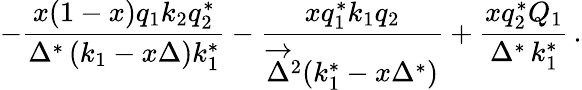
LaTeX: -\frac{x(1-x)q_{1}k_{2}q_{2}^{*}}{\Delta^{*}\, (k_{1}-x\Delta)k_{1}^{*}}-\frac{xq_{1}^{*}k_{1}q_{2}}{\overrightarrow{\Delta}^{2}(k_{1}^{*}-x\Delta^{*})}+\frac{xq_{2}^{*}Q_{1}}{\Delta^{*}\, k_{1}^{*}}\, .